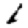
Digit: 6